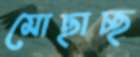
মোছাচ্ছ